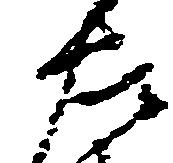
左